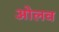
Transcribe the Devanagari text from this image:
ओलव